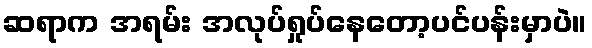
ဆရာက အရမ်း အလုပ်ရှုပ်နေတော့ပင်ပန်းမှာပဲ။